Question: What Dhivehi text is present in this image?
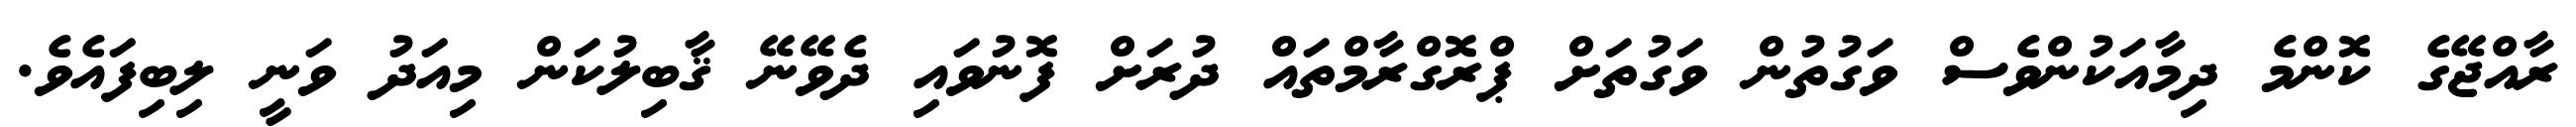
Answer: ރާއްޖޭގެ ކޮންމެ ދިމާއަކުންވެސް ވަގުތުން ވަގުތަށް ޕްރޮގްރާމްތައް ދުރަށް ފޮނުވައި ދެވޭނޭ ޤާބިލުކަން މިއަދު ވަނީ ލިބިފައެވެ.